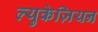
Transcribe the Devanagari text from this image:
ल्युकेज़ियन